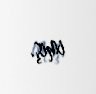
imiş.